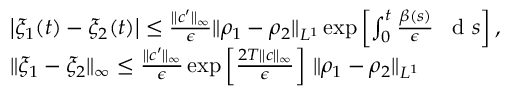
\begin{array} { r l } & { \left| \xi _ { 1 } ( t ) - \xi _ { 2 } ( t ) \right| \leq \frac { \| c ^ { \prime } \| _ { \infty } } { \epsilon } \| \rho _ { 1 } - \rho _ { 2 } \| _ { L ^ { 1 } } \exp \left[ \int _ { 0 } ^ { t } \frac { \beta ( s ) } { \epsilon } \textrm { \, d } s \right] , } \\ & { \| \xi _ { 1 } - \xi _ { 2 } \| _ { \infty } \leq \frac { \| c ^ { \prime } \| _ { \infty } } { \epsilon } \exp \left[ \frac { 2 T \| c \| _ { \infty } } { \epsilon } \right] \, \| \rho _ { 1 } - \rho _ { 2 } \| _ { L ^ { 1 } } } \end{array}